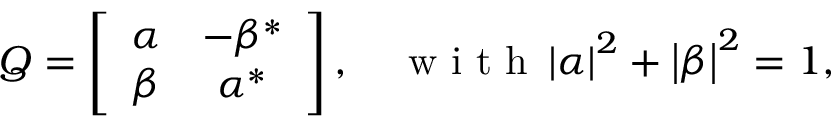
\begin{array} { r } { \boldsymbol { Q } = \left[ \begin{array} { c c } { \alpha } & { - \beta ^ { * } } \\ { \beta } & { \alpha ^ { * } } \end{array} \right] , \quad \mathrm { ~ w ~ i ~ t ~ h ~ } \left| \alpha \right| ^ { 2 } + \left| \beta \right| ^ { 2 } = 1 , } \end{array}